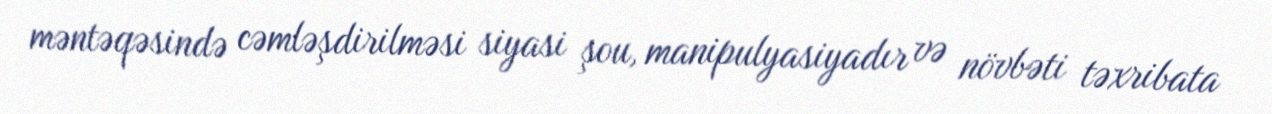
məntəqəsində cəmləşdirilməsi siyasi şou, manipulyasiyadır və növbəti təxribata